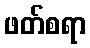
ဖတ်စရာ